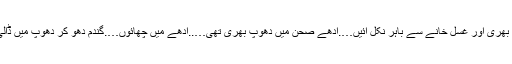
‘‘ ٹھنڈے دل و دماغ سے سوچا لمبی سانس بھری اور غسل خانے سے باہر نکل آئیں….آدھے صحن میں دھوپ بھری تھی…..آدھے میں چھائوں….گندم دھو کر دھوپ میں ڈالی تھی…..اب پوری طرح سوکھ چکی تھی۔